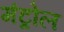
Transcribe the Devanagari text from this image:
मंट्रोल